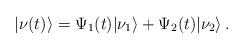
\begin{align*}|\nu(t)\rangle = \Psi_1(t) |\nu_1\rangle + \Psi_2(t) |\nu_2\rangle\,.\end{align*}